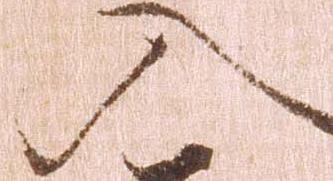
入